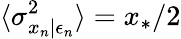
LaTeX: \langle\sigma_{x_{n}|\epsilon_{n}}^{2}\rangle=x_{*}/2